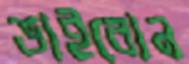
ভাইবোন